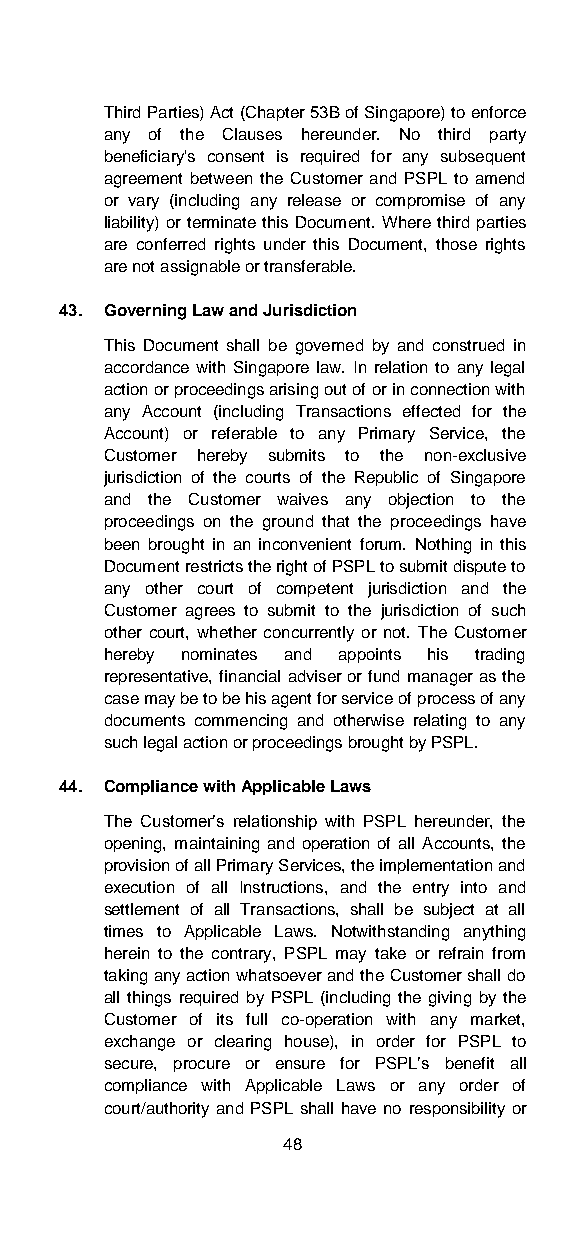
Third Parties) Act (Chapter 53B of Singapore) to enforce
 any of the Clauses hereunder. No third party
 beneficiary's consent is required for any subsequent
 agreement between the Customer and PSPL to amend
 or vary (including any release or compromise of any
 liability) or terminate this Document. Where third parties
 are conferred rights under this Document, those rights
 are not assignable or transferable.
 43. Governing Law and Jurisdiction
 This Document shall be governed by and construed in
 accordance with Singapore law. In relation to any legal
 action or proceedings arising out of or in connection with
 any Account (including Transactions effected for the
 Account) or referable to any Primary Service, the
 Customer hereby submits to the non-exclusive
 jurisdiction of the courts of the Republic of Singapore
 and the Customer waives any objection to the
 proceedings on the ground that the proceedings have
 been brought in an inconvenient forum. Nothing in this
 Document restricts the right of PSPL to submit dispute to
 any other court of competent jurisdiction and the
 Customer agrees to submit to the jurisdiction of such
 other court, whether concurrently or not. The Customer
 hereby nominates and appoints his trading
 representative, financial adviser or fund manager as the
 case may be to be his agent for service of process of any
 documents commencing and otherwise relating to any
 such legal action or proceedings brought by PSPL.
 44. Compliance with Applicable Laws
 The Customer’s relationship with PSPL hereunder, the
 opening, maintaining and operation of all Accounts, the
 provision of all Primary Services, the implementation and
 execution of all Instructions, and the entry into and
 settlement of all Transactions, shall be subject at all
 times to Applicable Laws. Notwithstanding anything
 herein to the contrary, PSPL may take or refrain from
 taking any action whatsoever and the Customer shall do
 all things required by PSPL (including the giving by the
 Customer of its full co-operation with any market,
 exchange or clearing house), in order for PSPL to
 secure, procure or ensure for PSPL’s benefit all
 compliance with Applicable Laws or any order of
 court/authority and PSPL shall have no responsibility or
 48